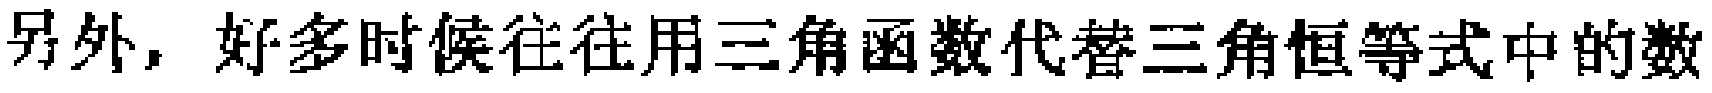
另外，好多时候往往用三角函数代替三角恒等式中的数